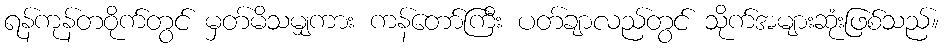
ရန်ကုန်တဝိုက်တွင် မှတ်မိသမျှကား ကန်တော်ကြီး ပတ်ချာလည်တွင် သိုက်အများဆုံးဖြစ်သည်။